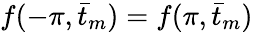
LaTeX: f(-\pi,\bar{t}_{m})=f(\pi,\bar{t}_{m})